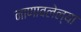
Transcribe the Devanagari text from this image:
नाणावलेल्या